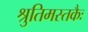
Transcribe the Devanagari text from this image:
श्रुतिमस्तकैः